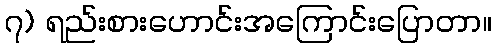
၇) ရည်းစားဟောင်းအကြောင်းပြောတာ။